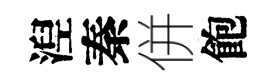
湼秦併飽